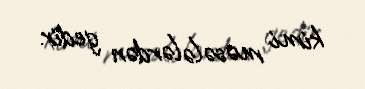
kimi məsələlərdən gedir.